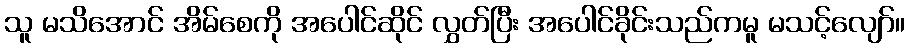
သူ မသိအောင် အိမ်စေကို အပေါင်ဆိုင် လွှတ်ပြီး အပေါင်ခိုင်းသည်ကမူ မသင့်လျော်။